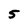
Character: 5